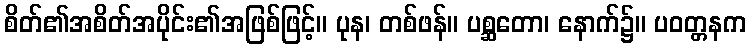
စိတ်၏အစိတ်အပိုင်း၏အဖြစ်ဖြင့်။ ပုန၊ တစ်ဖန်။ ပစ္ဆတော၊ နောက်၌။ ပဝတ္တနက